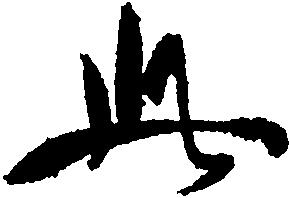
此